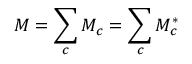
M = \sum _ { c } M _ { c } = \sum _ { c } M _ { c } ^ { * }